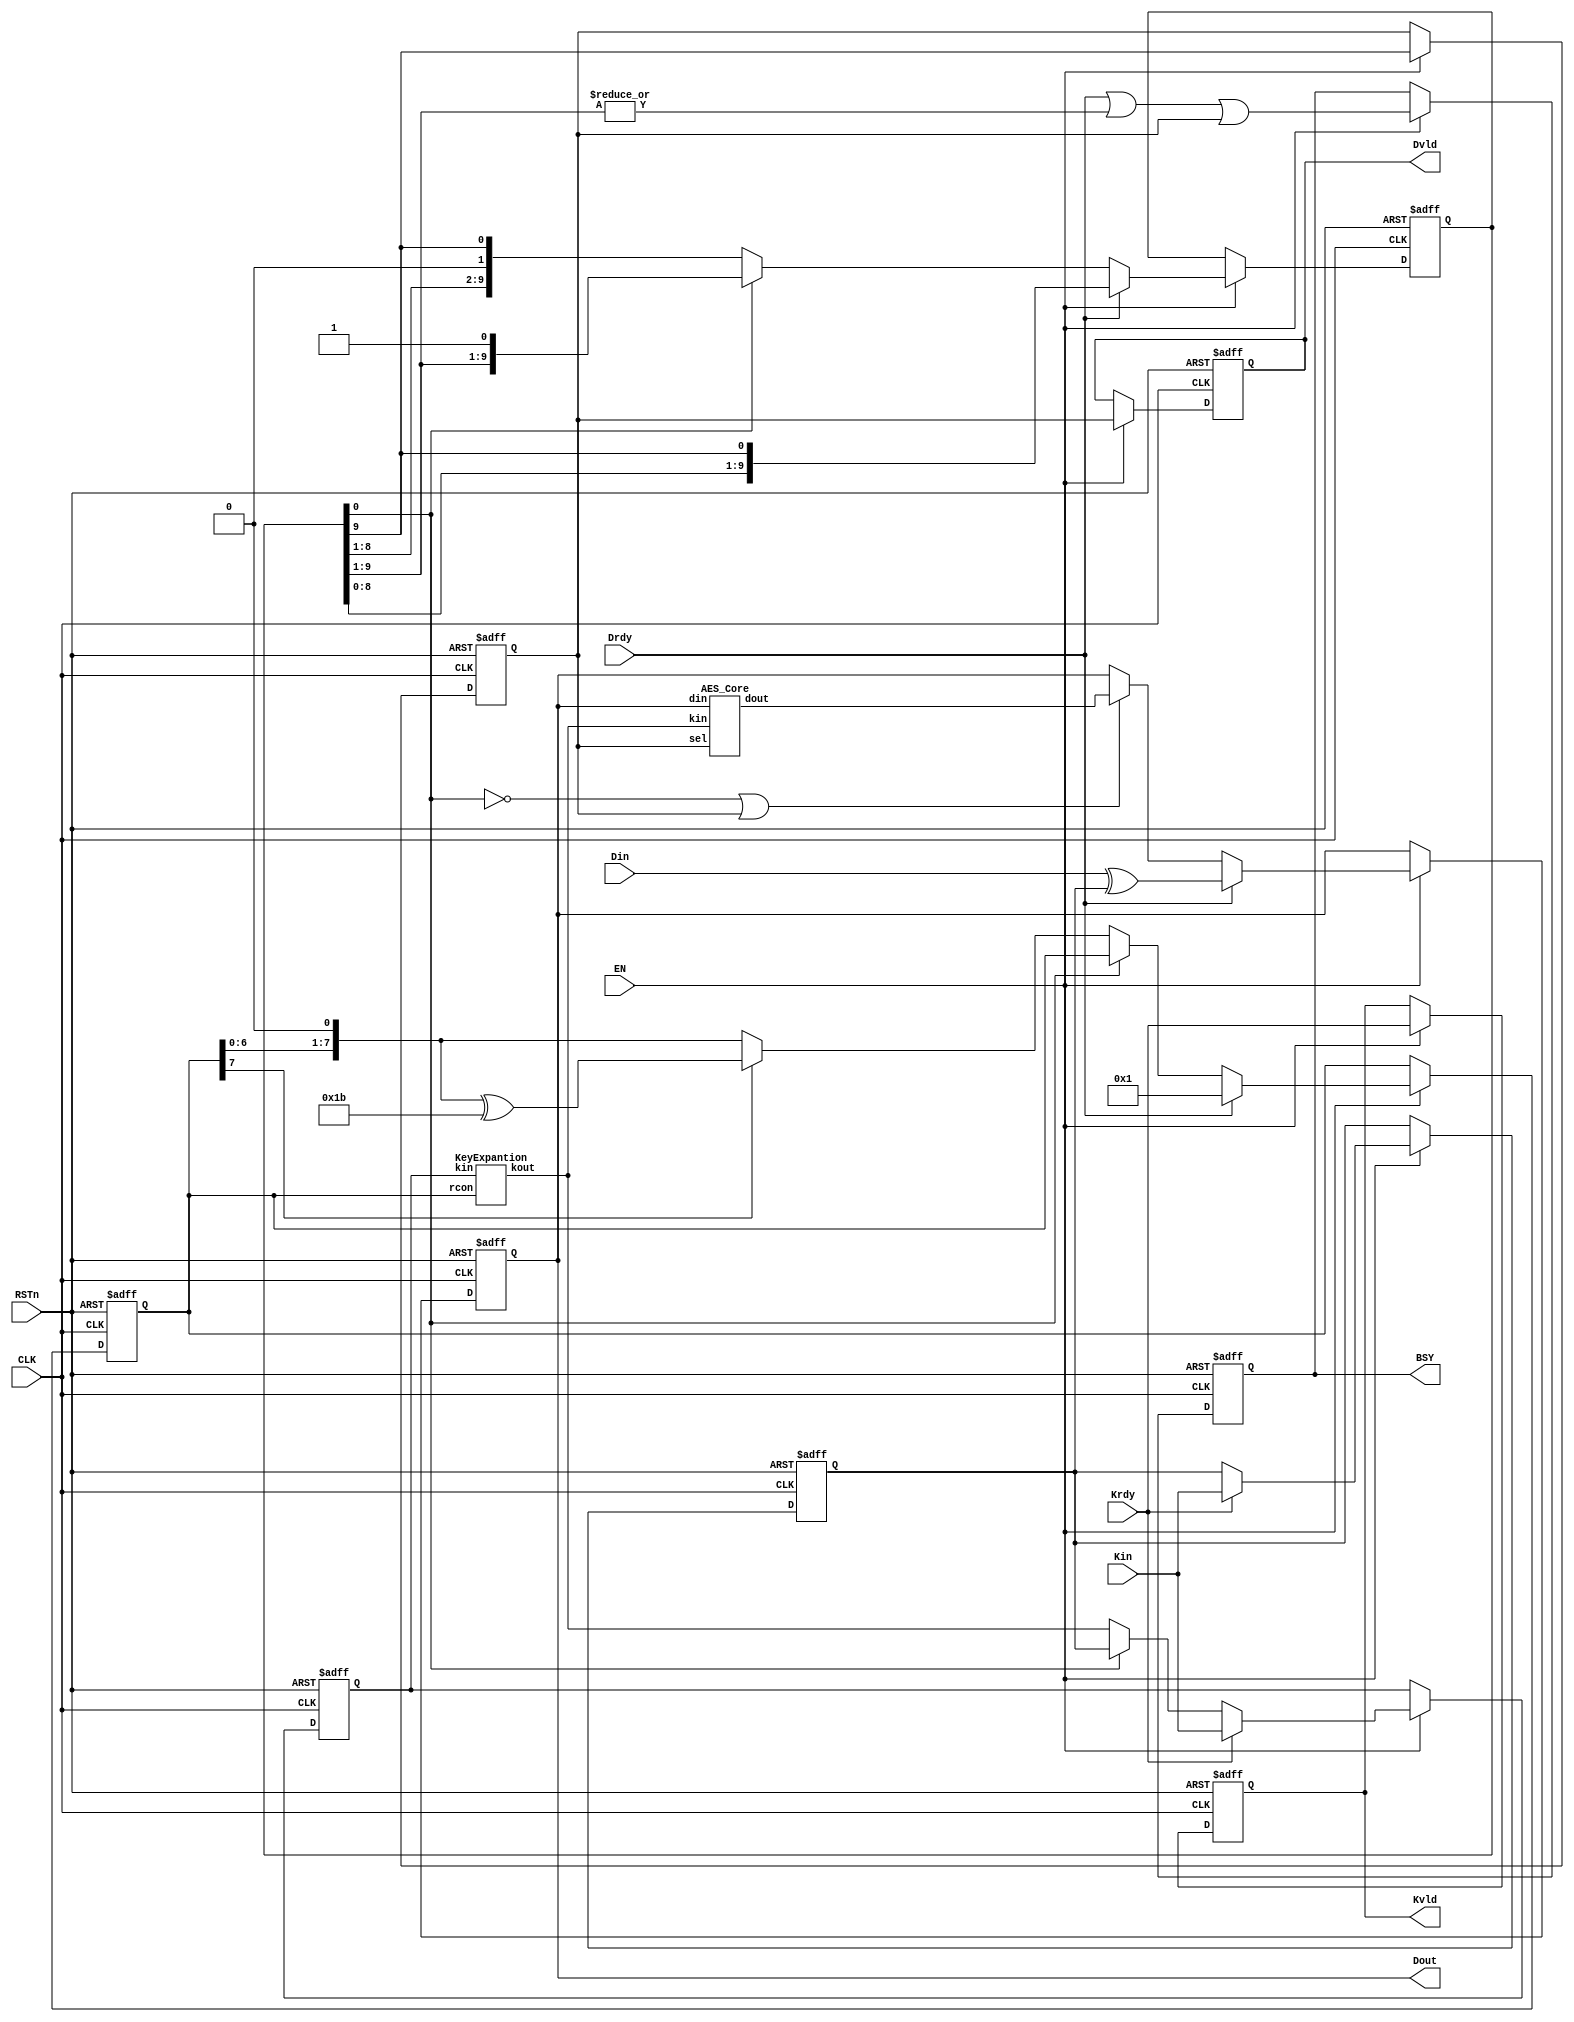
/*-------------------------------------------------------------------------
 AES (128-bit, composite field S-box, encryption)

 File name   : aes_composite_enc.v
 Version     : 1.0
 Created     : JUN/12/2012
 Last update : JUN/22/2012
 Desgined by : Toshihiro Katashita
 

 Copyright (C) 2012 AIST
 
 By using this code, you agree to the following terms and conditions.
 
 This code is copyrighted by AIST ("us").
 
 Permission is hereby granted to copy, reproduce, redistribute or
 otherwise use this code as long as: there is no monetary profit gained
 specifically from the use or reproduction of this code, it is not sold,
 rented, traded or otherwise marketed, and this copyright notice is
 included prominently in any copy made.
 
 We shall not be liable for any damages, including without limitation
 direct, indirect, incidental, special or consequential damages arising
 from the use of this code.
 
 When you publish any results arising from the use of this code, we will
 appreciate it if you can cite our webpage.
 (http://www.risec.aist.go.jp/project/sasebo/)
 -------------------------------------------------------------------------*/


//================================================ AES_Composite_enc
module AES_Composite_enc
  (Kin, Din, Dout, Krdy, Drdy, Kvld, Dvld, EN, BSY, CLK, RSTn);

   //------------------------------------------------
   input  [127:0] Kin;  // Key input
   input [127:0]  Din;  // Data input
  (* KEEP = "TRUE" *) output [127:0] Dout; // Data output
   input          Krdy; // Key input ready
   input          Drdy; // Data input ready
   output         Kvld; // Data output valid
   output         Dvld; // Data output valid
	
   input          EN;   // AES circuit enable
   output         BSY;  // Busy signal
   input          CLK;  // System clock
   input          RSTn; // Reset (Low active)

   //------------------------------------------------
   reg [127:0]    dat, key, rkey;
   wire [127:0]   dat_next, rkey_next;
   reg [9:0]      rnd;  
   reg [7:0]      rcon; 
   reg            sel;  // Indicate final round
   reg            Dvld, Kvld, BSY;
   wire           rst;
   
   //------------------------------------------------
   assign rst = ~RSTn;
     
   always @(posedge CLK or posedge rst) begin
      if (rst)     Dvld <= 0;
      else if (EN) Dvld <= sel;
   end

   always @(posedge CLK or posedge rst) begin
      if (rst) Kvld <= 0;
      else if (EN) Kvld <= Krdy;
   end

   always @(posedge CLK or posedge rst) begin
      if (rst) BSY <= 0;
      else if (EN) BSY <= Drdy | |rnd[9:1] | sel;
   end
   
   AES_Core aes_core 
     (.din(dat),  .dout(dat_next),  .kin(rkey_next), .sel(sel));
   KeyExpantion keyexpantion 
     (.kin(rkey), .kout(rkey_next), .rcon(rcon));
   
   always @(posedge CLK or posedge rst) begin
      if (rst)             rnd <= 10'b0000_0000_01;
      else if (EN) begin
         if (Drdy)         rnd <= {rnd[8:0], rnd[9]};
         else if (~rnd[0]) rnd <= {rnd[8:0], rnd[9]};
      end
   end
   
   always @(posedge CLK or posedge rst) begin
      if (rst)     sel <= 0;
      else if (EN) sel <= rnd[9];
   end
   
   always @(posedge CLK or posedge rst) begin
      if (rst)                 dat <= 128'h0;
      else if (EN) begin
         if (Drdy)             dat <= Din ^ key;
         else if (~rnd[0]|sel) dat <= dat_next;
      end
   end
   assign Dout = dat;
   
   always @(posedge CLK or posedge rst) begin
      if (rst)     key <= 128'h0;
      else if (EN)
        if (Krdy)  key <= Kin;
   end

   always @(posedge CLK or posedge rst) begin
      if (rst)         rkey <= 128'h0;
      else if (EN) begin
         if (Krdy)   rkey <= Kin;
         else if (rnd[0]) rkey <= key;
         else             rkey <= rkey_next;
      end
   end
   
   always @(posedge CLK or posedge rst) begin
     if (rst)          rcon <= 8'h01;
     else if (EN) begin
        if (Drdy)    rcon <= 8'h01;
        else if (~rnd[0]) rcon <= xtime(rcon);
     end
   end
   
   function [7:0] xtime;
      input [7:0] x;
      xtime = (x[7]==1'b0)? {x[6:0],1'b0} : {x[6:0],1'b0} ^ 8'h1B;
   endfunction

endmodule // AES_Composite_enc



//================================================ KeyExpantion
module KeyExpantion (kin, kout, rcon);

   //------------------------------------------------
   input [127:0]  kin;
   output [127:0] kout;
   input [7:0] 	  rcon;

   //------------------------------------------------
   wire [31:0]    ws, wr, w0, w1, w2, w3;

   //------------------------------------------------
   SubBytes SB0 ({kin[23:16], kin[15:8], kin[7:0], kin[31:24]}, ws);
   assign wr = {(ws[31:24] ^ rcon), ws[23:0]};

   assign w0 = wr ^ kin[127:96];
   assign w1 = w0 ^ kin[95:64];
   assign w2 = w1 ^ kin[63:32];
   assign w3 = w2 ^ kin[31:0];

   assign kout = {w0, w1, w2, w3};

endmodule // KeyExpantion



//================================================ AES_Core
module AES_Core (din, dout, kin, sel);

   //------------------------------------------------
   input  [127:0] din, kin;
   input          sel;
   output [127:0] dout;
   
   //------------------------------------------------
   wire [31:0] st0, st1, st2, st3, // state
               sb0, sb1, sb2, sb3, // SubBytes
               sr0, sr1, sr2, sr3, // ShiftRows
               sc0, sc1, sc2, sc3, // MixColumns
               sk0, sk1, sk2, sk3; // AddRoundKey

   //------------------------------------------------
   // din -> state
   assign st0 = din[127:96];
   assign st1 = din[ 95:64];
   assign st2 = din[ 63:32];
   assign st3 = din[ 31: 0];

   // SubBytes
   SubBytes SB0 (st0, sb0);
   SubBytes SB1 (st1, sb1);
   SubBytes SB2 (st2, sb2);
   SubBytes SB3 (st3, sb3);

   // ShiftRows
   assign sr0 = {sb0[31:24], sb1[23:16], sb2[15: 8], sb3[ 7: 0]};
   assign sr1 = {sb1[31:24], sb2[23:16], sb3[15: 8], sb0[ 7: 0]};
   assign sr2 = {sb2[31:24], sb3[23:16], sb0[15: 8], sb1[ 7: 0]};
   assign sr3 = {sb3[31:24], sb0[23:16], sb1[15: 8], sb2[ 7: 0]};

   // MixColumns
   MixColumns MC0 (sr0, sc0);
   MixColumns MC1 (sr1, sc1);
   MixColumns MC2 (sr2, sc2);
   MixColumns MC3 (sr3, sc3);

   // AddRoundKey
   assign sk0 = (sel) ? sr0 ^ kin[127:96] : sc0 ^ kin[127:96];
   assign sk1 = (sel) ? sr1 ^ kin[ 95:64] : sc1 ^ kin[ 95:64];
   assign sk2 = (sel) ? sr2 ^ kin[ 63:32] : sc2 ^ kin[ 63:32];
   assign sk3 = (sel) ? sr3 ^ kin[ 31: 0] : sc3 ^ kin[ 31: 0];

   // state -> dout
   assign dout = {sk0, sk1, sk2, sk3};
endmodule // AES_Core



//================================================ MixColumns
module MixColumns(x, y);

   //------------------------------------------------
   input  [31:0]  x;
   output [31:0]  y;

   //------------------------------------------------
   wire [7:0]    a0, a1, a2, a3;
   wire [7:0]    b0, b1, b2, b3;

   assign a0 = x[31:24];
   assign a1 = x[23:16];
   assign a2 = x[15: 8];
   assign a3 = x[ 7: 0];

   assign b0 = xtime(a0);
   assign b1 = xtime(a1);
   assign b2 = xtime(a2);
   assign b3 = xtime(a3);

   assign y[31:24] =    b0 ^ a1^b1 ^ a2    ^ a3;
   assign y[23:16] = a0        ^b1 ^ a2^b2 ^ a3;
   assign y[15: 8] = a0    ^ a1        ^b2 ^ a3^b3;
   assign y[ 7: 0] = a0^b0 ^ a1    ^ a2        ^b3;
  
   function [7:0] xtime;
      input [7:0] x;
      xtime = (x[7]==1'b0)? {x[6:0],1'b0} : {x[6:0],1'b0} ^ 8'h1B;
   endfunction
   
endmodule // MixColumns

   

//================================================ SubBytes
module SubBytes (x, y);

   //------------------------------------------------
   input  [31:0] x;
   output [31:0] y;

   //------------------------------------------------
   wire [31:0] 	s;

   //------------------------------------------------
   GF_MULINV_8 u3 (.x(x[31:24]), .y(s[31:24]));
   GF_MULINV_8 u2 (.x(x[23:16]), .y(s[23:16]));
   GF_MULINV_8 u1 (.x(x[15: 8]), .y(s[15: 8]));
   GF_MULINV_8 u0 (.x(x[ 7: 0]), .y(s[ 7: 0]));
 
   assign y = {mat_at(s[31:24]), mat_at(s[23:16]), 
	       mat_at(s[15: 8]), mat_at(s[ 7: 0])};
    
   //------------------------------------------------ Affine matrix
   function [7:0] mat_at;
      input [7:0] x;
      begin
	 mat_at[0] = ~(x[7] ^ x[6] ^ x[5] ^ x[4] ^ x[0]);
	 mat_at[1] = ~(x[7] ^ x[6] ^ x[5] ^ x[1] ^ x[0]);
	 mat_at[2] =   x[7] ^ x[6] ^ x[2] ^ x[1] ^ x[0];
	 mat_at[3] =   x[7] ^ x[3] ^ x[2] ^ x[1] ^ x[0];
	 mat_at[4] =   x[4] ^ x[3] ^ x[2] ^ x[1] ^ x[0];
	 mat_at[5] = ~(x[5] ^ x[4] ^ x[3] ^ x[2] ^ x[1]);
	 mat_at[6] = ~(x[6] ^ x[5] ^ x[4] ^ x[3] ^ x[2]);
	 mat_at[7] =   x[7] ^ x[6] ^ x[5] ^ x[4] ^ x[3];
      end
   endfunction
endmodule // SubBytes



/*-------------------------------------------------------------------------
 Thanks for great works of pioneers!
 This code is developed by refering following papers.
  [1] A.Satoh, S.Morioka, K.Takano, S.Munetoh, "A compact Rijndael Hardware Architecture with S-box Optimization," ASIACRYPT 2001, LNCS 2248, pp.239-254, 2001.
  [2] D. Canright, "A Very Compact Rijndael S-box," 2005.
  [3] Edwin NC Mui, "Practical Implementation of Rijndael S-Box Using Combinational Logic," 2007.
 
 Following paper may help to find different polynomials.
  [1] N.Mentens, L.Batina, B.Preneel, I.Vervauwhede, "A Systematic Evaluation of Compact Hardware Implementations for the Rijndael S-Box," LNCS 3376, pp.323-333, 2005.
-------------------------------------------------------------------------*/

//================================================ GF_MULINV_8
module GF_MULINV_8 (x, y);

   //------------------------------------------------
   input  [7:0] x;
   output [7:0] y;
   
   //------------------------------------------------
   wire [7:0] 	xt, yt;
   wire [3:0] 	g1, g0, g1_g0, p, pi;
   
   //------------------------------------------------
   // GF(2^8) -> GF(2^2^2) transform
   assign xt = mat_x(x);

   // Multipricative inversion in GF(2^2^2)
   assign {g1, g0} = xt;
   assign g1_g0    = g1 ^ g0;

   assign p = gf_mul4_lambda(gf_sq4(g1)) ^ gf_mul4(g1_g0, g0);
   GF_MULINV_4 u0 (p, pi);
   
   assign yt[7:4]  = gf_mul4(g1, pi);
   assign yt[3:0]  = gf_mul4(g1_g0, pi);
   
   // GF(2^2^2) -> GF(2^8) inverse transform
   assign y = mat_xi(yt);
	     
   //------------------------------------------------ 
   // Isomorphism matrix (lambda = 4'b1100, phi = 2'b10)
   function [7:0] mat_x;
      input [7:0] x;
      begin
	 mat_x[7] =  x[7]        ^ x[5];
	 mat_x[6] =  x[7] ^ x[6]        ^ x[4] ^ x[3] ^ x[2] ^ x[1];
	 mat_x[5] =  x[7]        ^ x[5]        ^ x[3] ^ x[2];
	 mat_x[4] =  x[7]        ^ x[5]        ^ x[3] ^ x[2] ^ x[1];
	 mat_x[3] =  x[7] ^ x[6]                      ^ x[2] ^ x[1];
	 mat_x[2] =  x[7]               ^ x[4] ^ x[3] ^ x[2] ^ x[1];
	 mat_x[1] =         x[6]        ^ x[4]               ^ x[1];
	 mat_x[0] =         x[6]                             ^ x[1] ^ x[0];
      end
   endfunction
      
   function [7:0] mat_xi;
      input [7:0] x;
      begin
	 mat_xi[7] =  x[7] ^ x[6] ^ x[5]                      ^ x[1];
	 mat_xi[6] =         x[6]                      ^ x[2];
	 mat_xi[5] =         x[6] ^ x[5]                      ^ x[1];
	 mat_xi[4] =         x[6] ^ x[5] ^ x[4]        ^ x[2] ^ x[1];
	 mat_xi[3] =                x[5] ^ x[4] ^ x[3] ^ x[2] ^ x[1];
	 mat_xi[2] =  x[7]               ^ x[4] ^ x[3] ^ x[2] ^ x[1];
	 mat_xi[1] =                x[5] ^ x[4];
	 mat_xi[0] =         x[6] ^ x[5] ^ x[4]        ^ x[2]        ^ x[0];
      end
   endfunction
   
   //------------------------------------------------ Square 
   function [3:0] gf_sq4;
      input [3:0] x;
      begin
	 gf_sq4[0] = x[3] ^ x[1] ^ x[0];
	 gf_sq4[1] = x[2] ^ x[1];
	 gf_sq4[2] = x[3] ^ x[2];
	 gf_sq4[3] = x[3];      
      end
   endfunction // gf_sq4

   //------------------------------------------------ Multiply
   function [3:0] gf_mul4;
      input [3:0] x, y;
      begin
	 gf_mul4[3] = x[3]&y[3] ^ x[3]&y[1] ^ x[1]&y[3] ^ 
		      x[2]&y[3] ^ x[2]&y[1] ^ x[0]&y[3] ^
		      x[3]&y[2] ^ x[3]&y[0] ^ x[1]&y[2];
	 
	 gf_mul4[2] = x[3]&y[3] ^ x[3]&y[1] ^ x[1]&y[3] ^
		      x[2]&y[2] ^ x[2]&y[0] ^ x[0]&y[2];
	 
	 gf_mul4[1] = x[2]&y[3] ^ x[3]&y[2] ^ x[2]&y[2]^
		      x[1]&y[1] ^ x[0]&y[1] ^ x[1]&y[0];
	 
	 gf_mul4[0] = x[3]&y[3] ^ x[2]&y[3] ^ x[3]&y[2]^
		      x[1]&y[1] ^ x[0]&y[0];   
      end
   endfunction

   // lambda = 4'b1100
   function [3:0] gf_mul4_lambda;
      input [3:0] x;
      begin
	 gf_mul4_lambda[3] = x[2] ^ x[0];
	 gf_mul4_lambda[2] = x[3] ^ x[2] ^ x[1] ^ x[0];
	 gf_mul4_lambda[1] = x[3];
	 gf_mul4_lambda[0] = x[2];
      end
   endfunction

endmodule // GF_MULINV_8



//================================================ GF_MULINV_4
module GF_MULINV_4 (x, y);

   //------------------------------------------------
   input  [3:0] x;
   output [3:0] y;
   
   //------------------------------------------------
   wire [1:0] 	g1, g0, g1_g0, p, pi;

   
   //------------------------------------------------
   // Multipricative inversion in GF(2^2)
   assign {g1, g0} = x;
   assign g1_g0    = g1 ^ g0;

   assign p        = gf_mul2_phi(gf_sq2(g1)) ^ gf_mul2(g1_g0, g0);
   assign pi       = gf_inv2(p);

   assign y[3:2]   = gf_mul2(g1, pi);
   assign y[1:0]   = gf_mul2(g1_g0, pi);
   
   //------------------------------------------------ Square
   function [1:0] gf_sq2;
      input [1:0] x;
      begin
	 gf_sq2[1] = x[1];
	 gf_sq2[0] = x[1] ^ x[0];
      end
   endfunction // case

   //------------------------------------------------ Multiply
   function [1:0] gf_mul2;
      input [1:0] x, y;
      begin
	 gf_mul2[1] = x[1]&y[1] ^ x[0]&y[1] ^ x[1]&y[0];
	 gf_mul2[0] = x[1]&y[1] ^ x[0]&y[0];
      end
   endfunction // case

   // phi = 2'b10
   function [1:0] gf_mul2_phi;
      input [1:0] x;
      begin
	 gf_mul2_phi[1] = x[1] ^ x[0];
	 gf_mul2_phi[0] = x[1];
      end
   endfunction // case

   //------------------------------------------------ Multiplicative inversion
   function [1:0] gf_inv2;
      input [1:0] x;
      begin
	 gf_inv2[1] = x[1];
	 gf_inv2[0] = x[1] ^ x[0];
      end
   endfunction // case
	
      
endmodule // GF_MULINV4